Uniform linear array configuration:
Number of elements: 12
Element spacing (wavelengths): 0.5
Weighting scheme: binomial
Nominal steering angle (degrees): -30
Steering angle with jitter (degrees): -31.85
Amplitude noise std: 0.05
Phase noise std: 0.05

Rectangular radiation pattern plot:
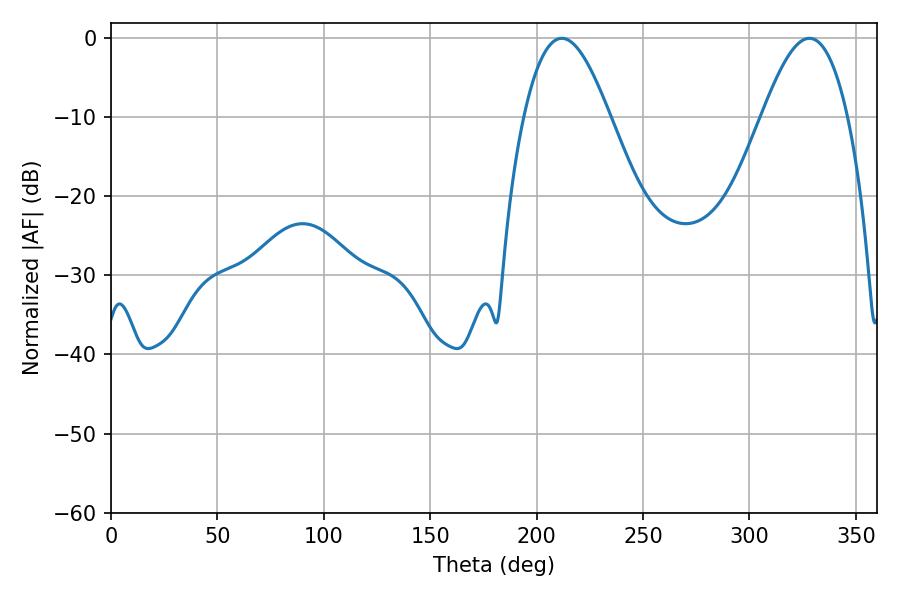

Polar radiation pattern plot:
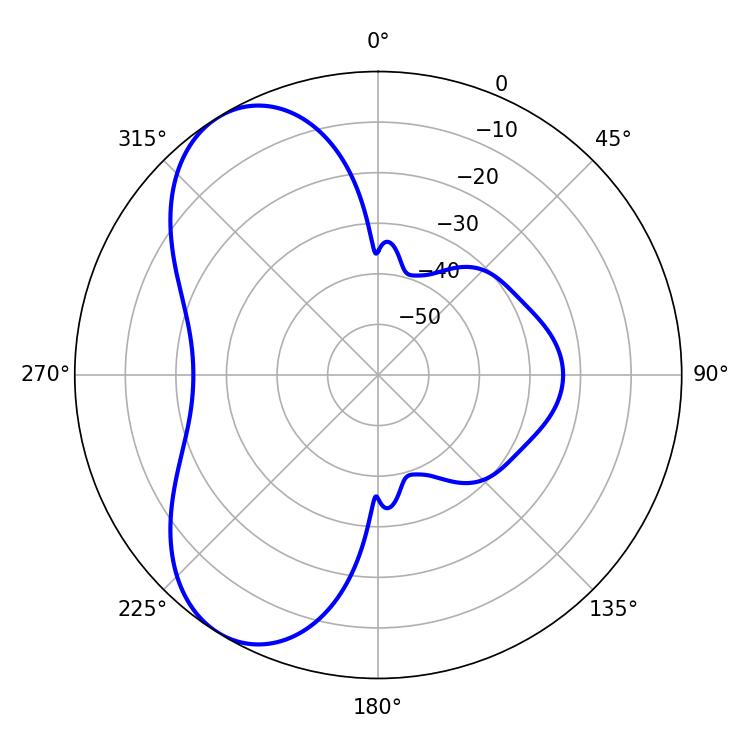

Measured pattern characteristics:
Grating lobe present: FALSE
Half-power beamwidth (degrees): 21.78
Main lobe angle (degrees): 211.86